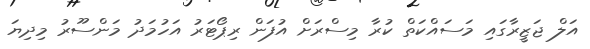
އަލް ޖަޒީރާގައި މަސައްކަތް ކުރާ މިސްރަށް އުފަން ރިޕޯޓަރު އަހުމަދު މަންސޫރު މިދިޔަ